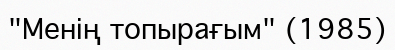
"Менің топырағым" (1985)